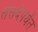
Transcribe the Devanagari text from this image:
संसदेपर्यंत